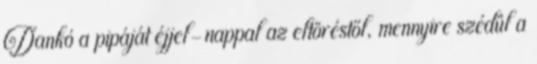
Dankó a pipáját éjjel-nappal az eltöréstől, mennyire szédül a